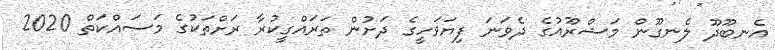
އެނބޫދޫ ލެނގޫން މަޝްރޫއުގެ ދެވަނަ ފިޔަވަހީގެ ދަށުން ތަރައްގީކުރާ ރަށްތަކުގެ މަސައްކަތް 2020